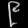
Digit: ၉